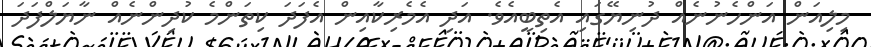
މިލިއަން އަންހެނުނެއް ދުނިޔޭގައި އެތިބީއެވެ. އަދި އެމެރިކާއިން އެފަދަ ކިތަންމެ ކުދިންނެއް ނާޔަލްފަދަ